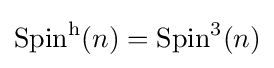
\operatorname {Spin} ^{\mathrm {h} }(n)=\operatorname {Spin} ^{3}(n)